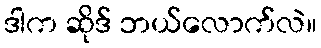
ဒါက ဆိုဒ် ဘယ်လောက်လဲ။